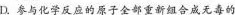
D.参与化学反应的原子全部重新组合成无毒的